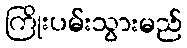
ကြိုးပမ်းသွားမည်